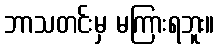
ဘာသတင်းမှ မကြားရဘူး။